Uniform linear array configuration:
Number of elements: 4
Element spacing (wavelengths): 0.5
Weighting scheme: blackman
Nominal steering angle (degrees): -45
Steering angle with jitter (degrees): -46.254
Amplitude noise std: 0.05
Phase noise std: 0.05

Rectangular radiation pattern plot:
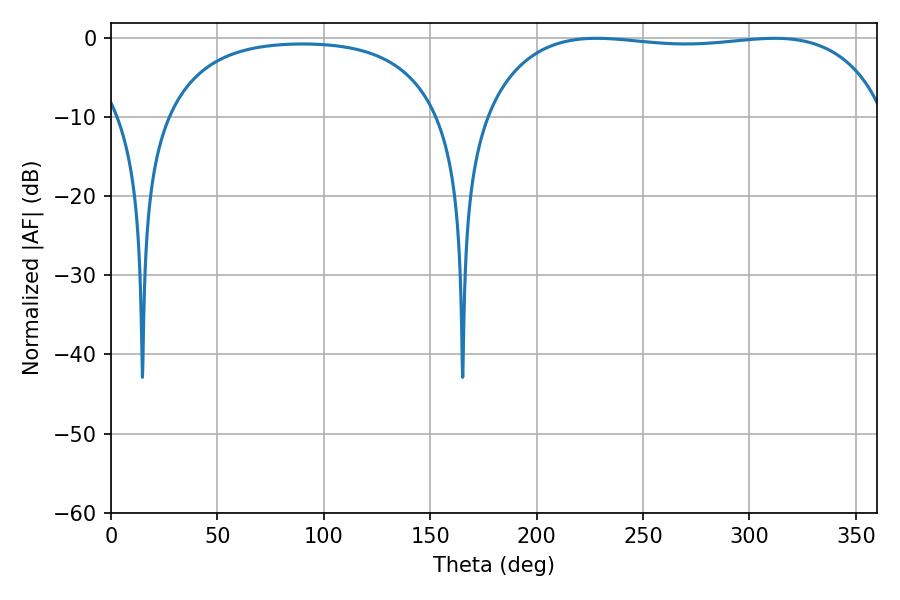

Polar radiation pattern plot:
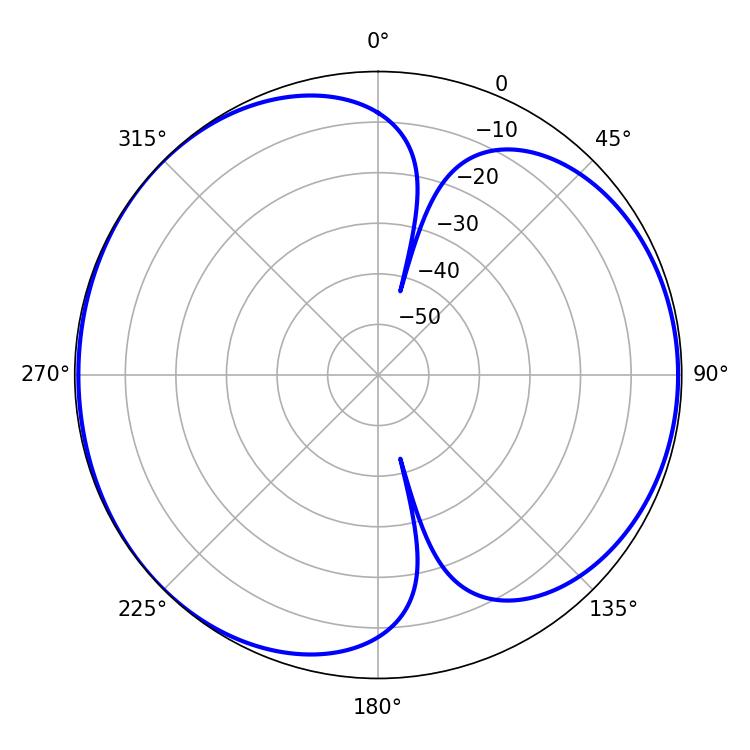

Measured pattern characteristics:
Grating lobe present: FALSE
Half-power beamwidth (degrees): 151.56
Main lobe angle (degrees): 228.24